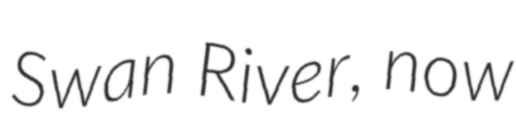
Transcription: Swan River, now